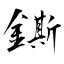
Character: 鐁